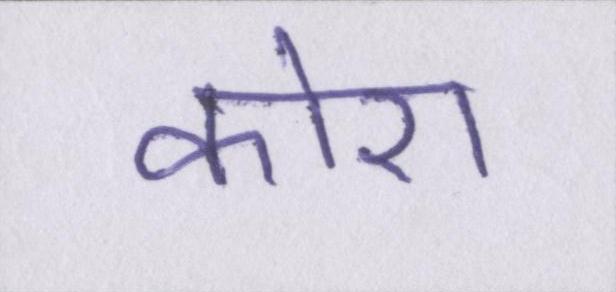
कोरा